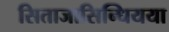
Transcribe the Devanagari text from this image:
सिताजासिन्धियया